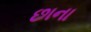
છાના